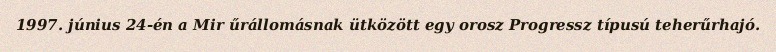
1997. június 24-én a Mir űrállomásnak ütközött egy orosz Progressz típusú teherűrhajó.